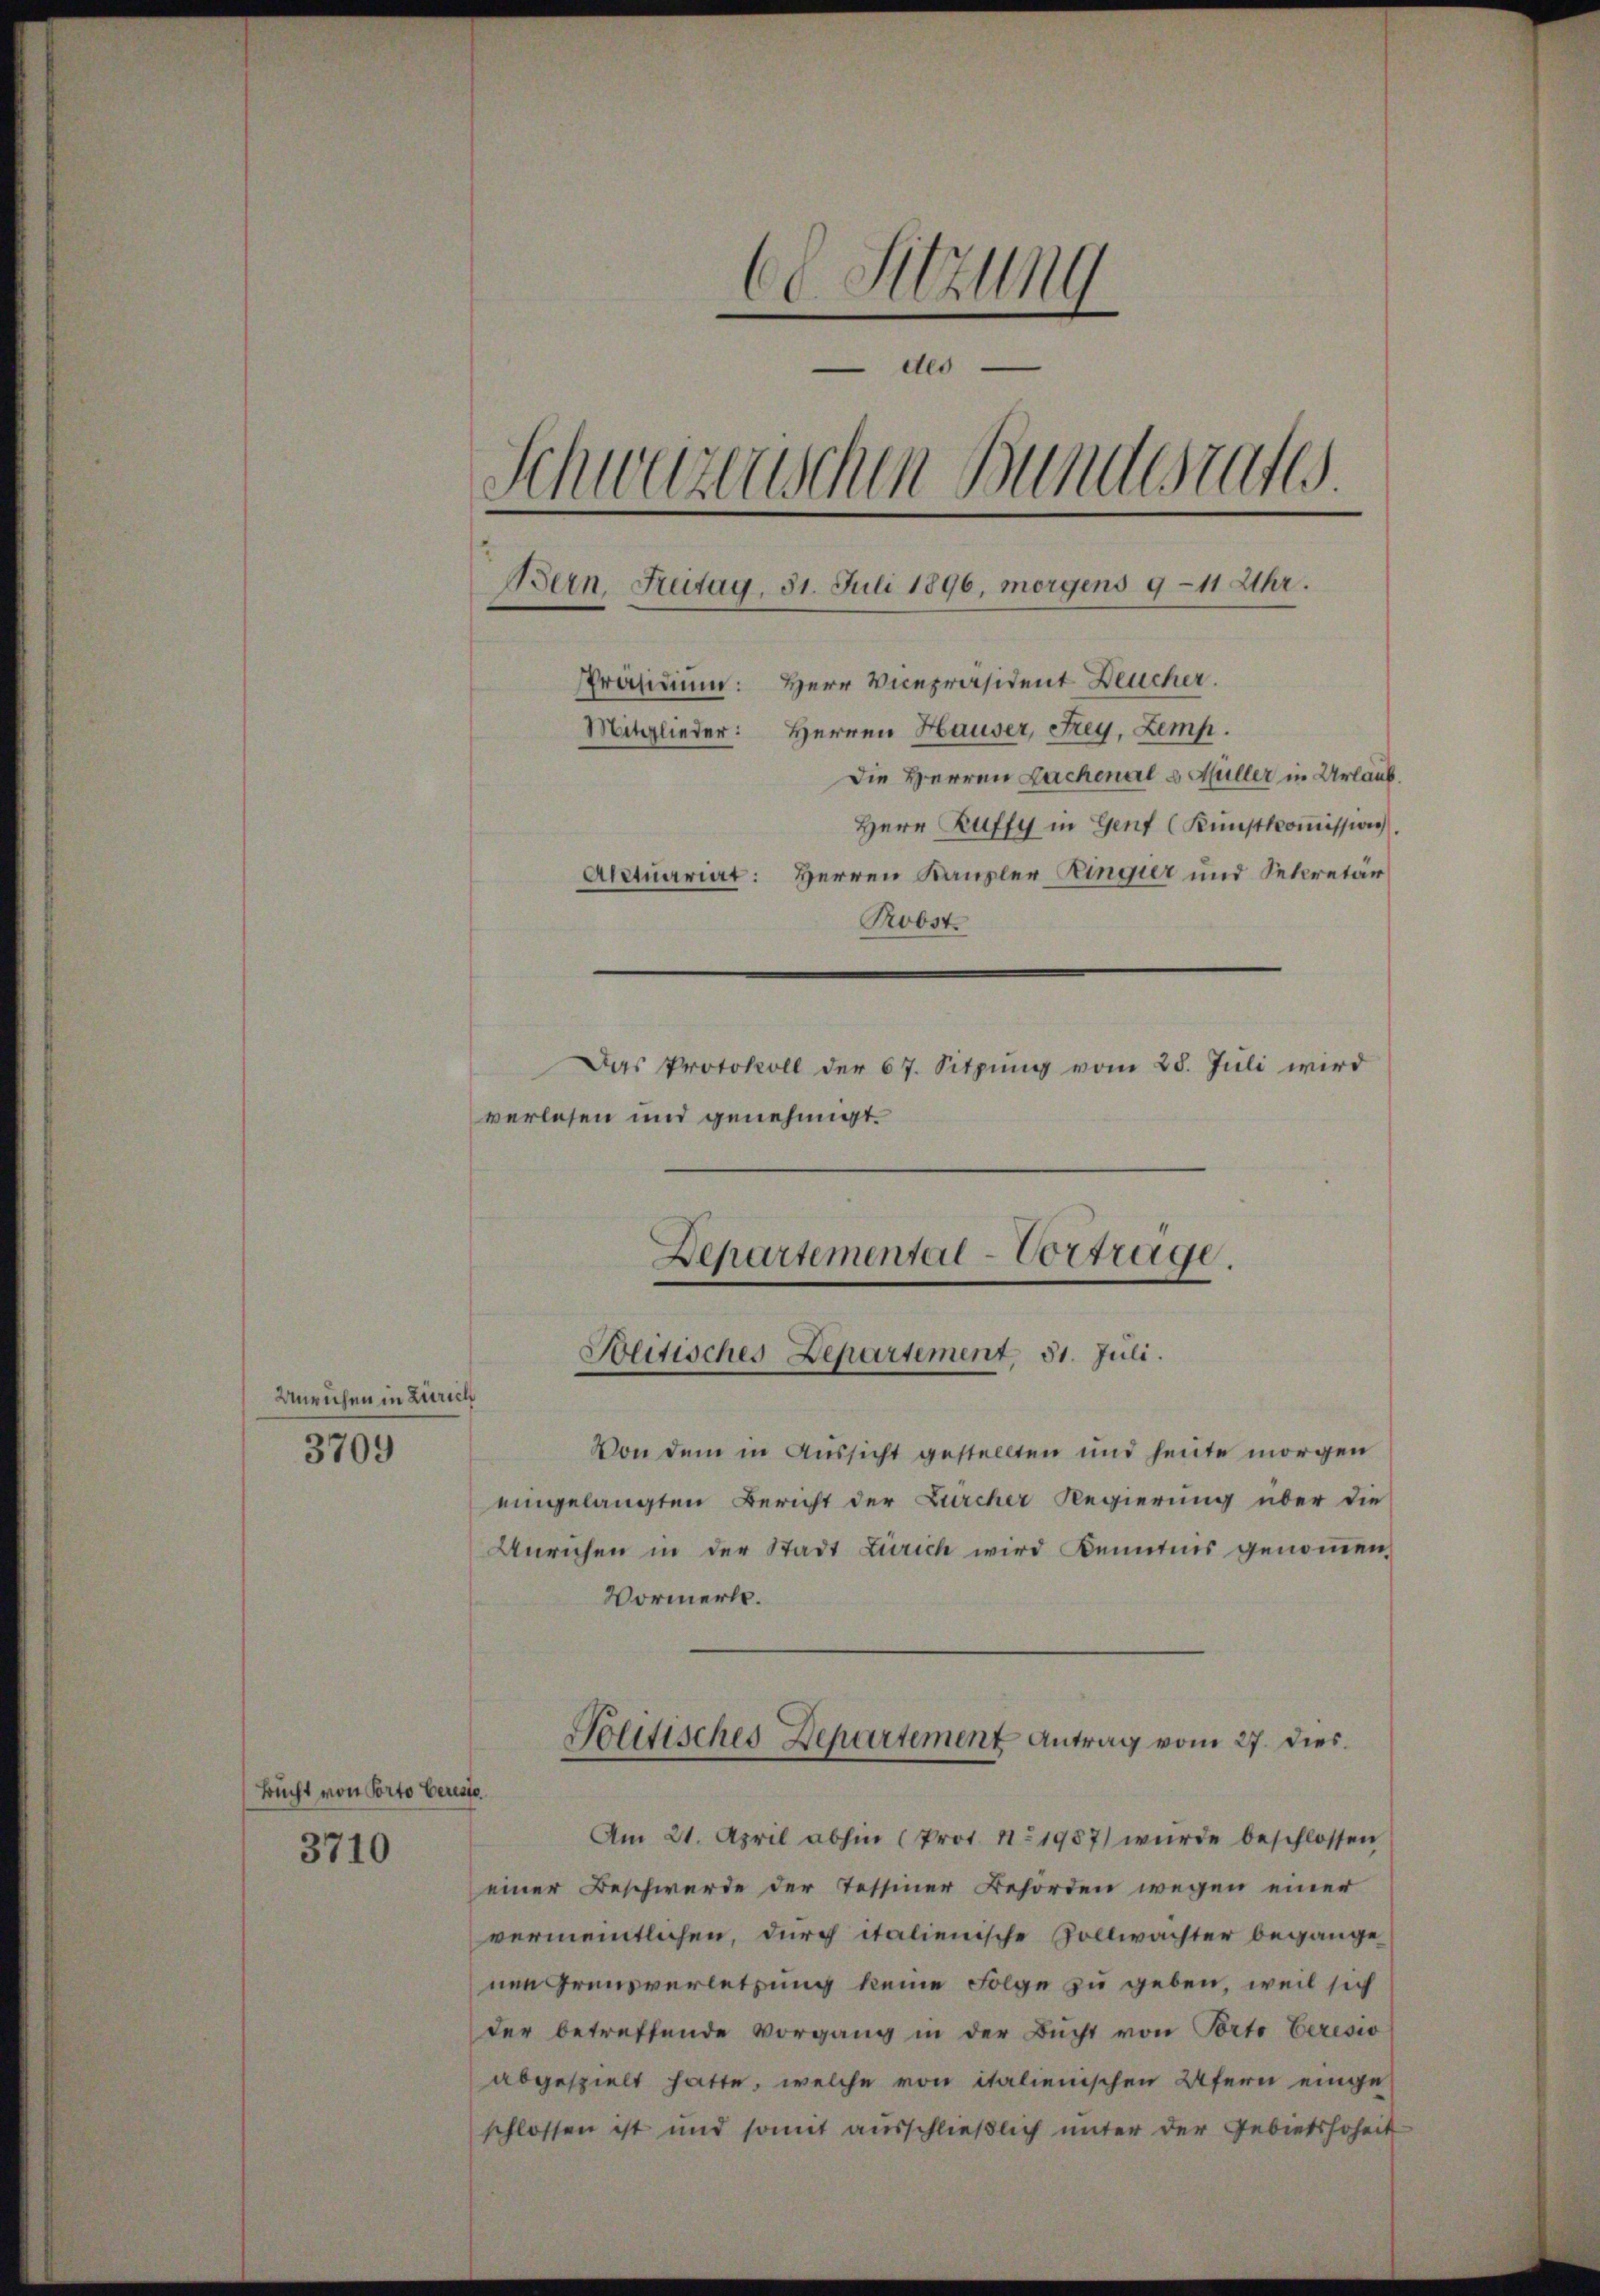
3709

3710

C Sitzung
els
Schweizerischen Bundesrate
Bern, Frutag, 31. Juli 1896, morgens 9-11 Uhr.
Präsidium: Herr Vicepräsident Deucher.
Mitglieder: Herren Hauser, Frey, Zemp.
Die Herren Lachenale Müller in Urlaub.
Herr Ruffy in Genf (Kunstkoṁission
Herren Kanzler Ringier und Sekretär
Aktuariat:
Robst
Das Protokoll der 67. Sitzung vom 28. Juli wird
verlesen und genehmigt.

Unrichen in Zürich

Bucht von Porto beresse

Departemental-Vortrage.
Politisches Departement, 31. Juli.

Von dem in Aussicht gestellten und heute morgen
eingelangten Bericht der Zürcher Regierung über die
Unrichen in der Stadt Zürich wird Kenntnis genoṁen,
Vormerkt.
Politisches Departement Antrag vom 27. dies.

Am 21. April abhin (Prot. 11. 1987) wurde beschlossen
einer Beschwerde der Tessiner Behörden wegen einer
vermeintlichen, durch italienische Zollwächter begange
nen Grenzverletzung keine Folge zu geben, weil sich
der betreffende Vorgang in der Bŭcht von Porto berisio
abgespielt hatte, welche von italienischen Ufern eingeschlossen ist und somit aŭsschlieβlich unter der Gebietshoheit